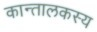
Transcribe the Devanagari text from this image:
कान्तालकस्य